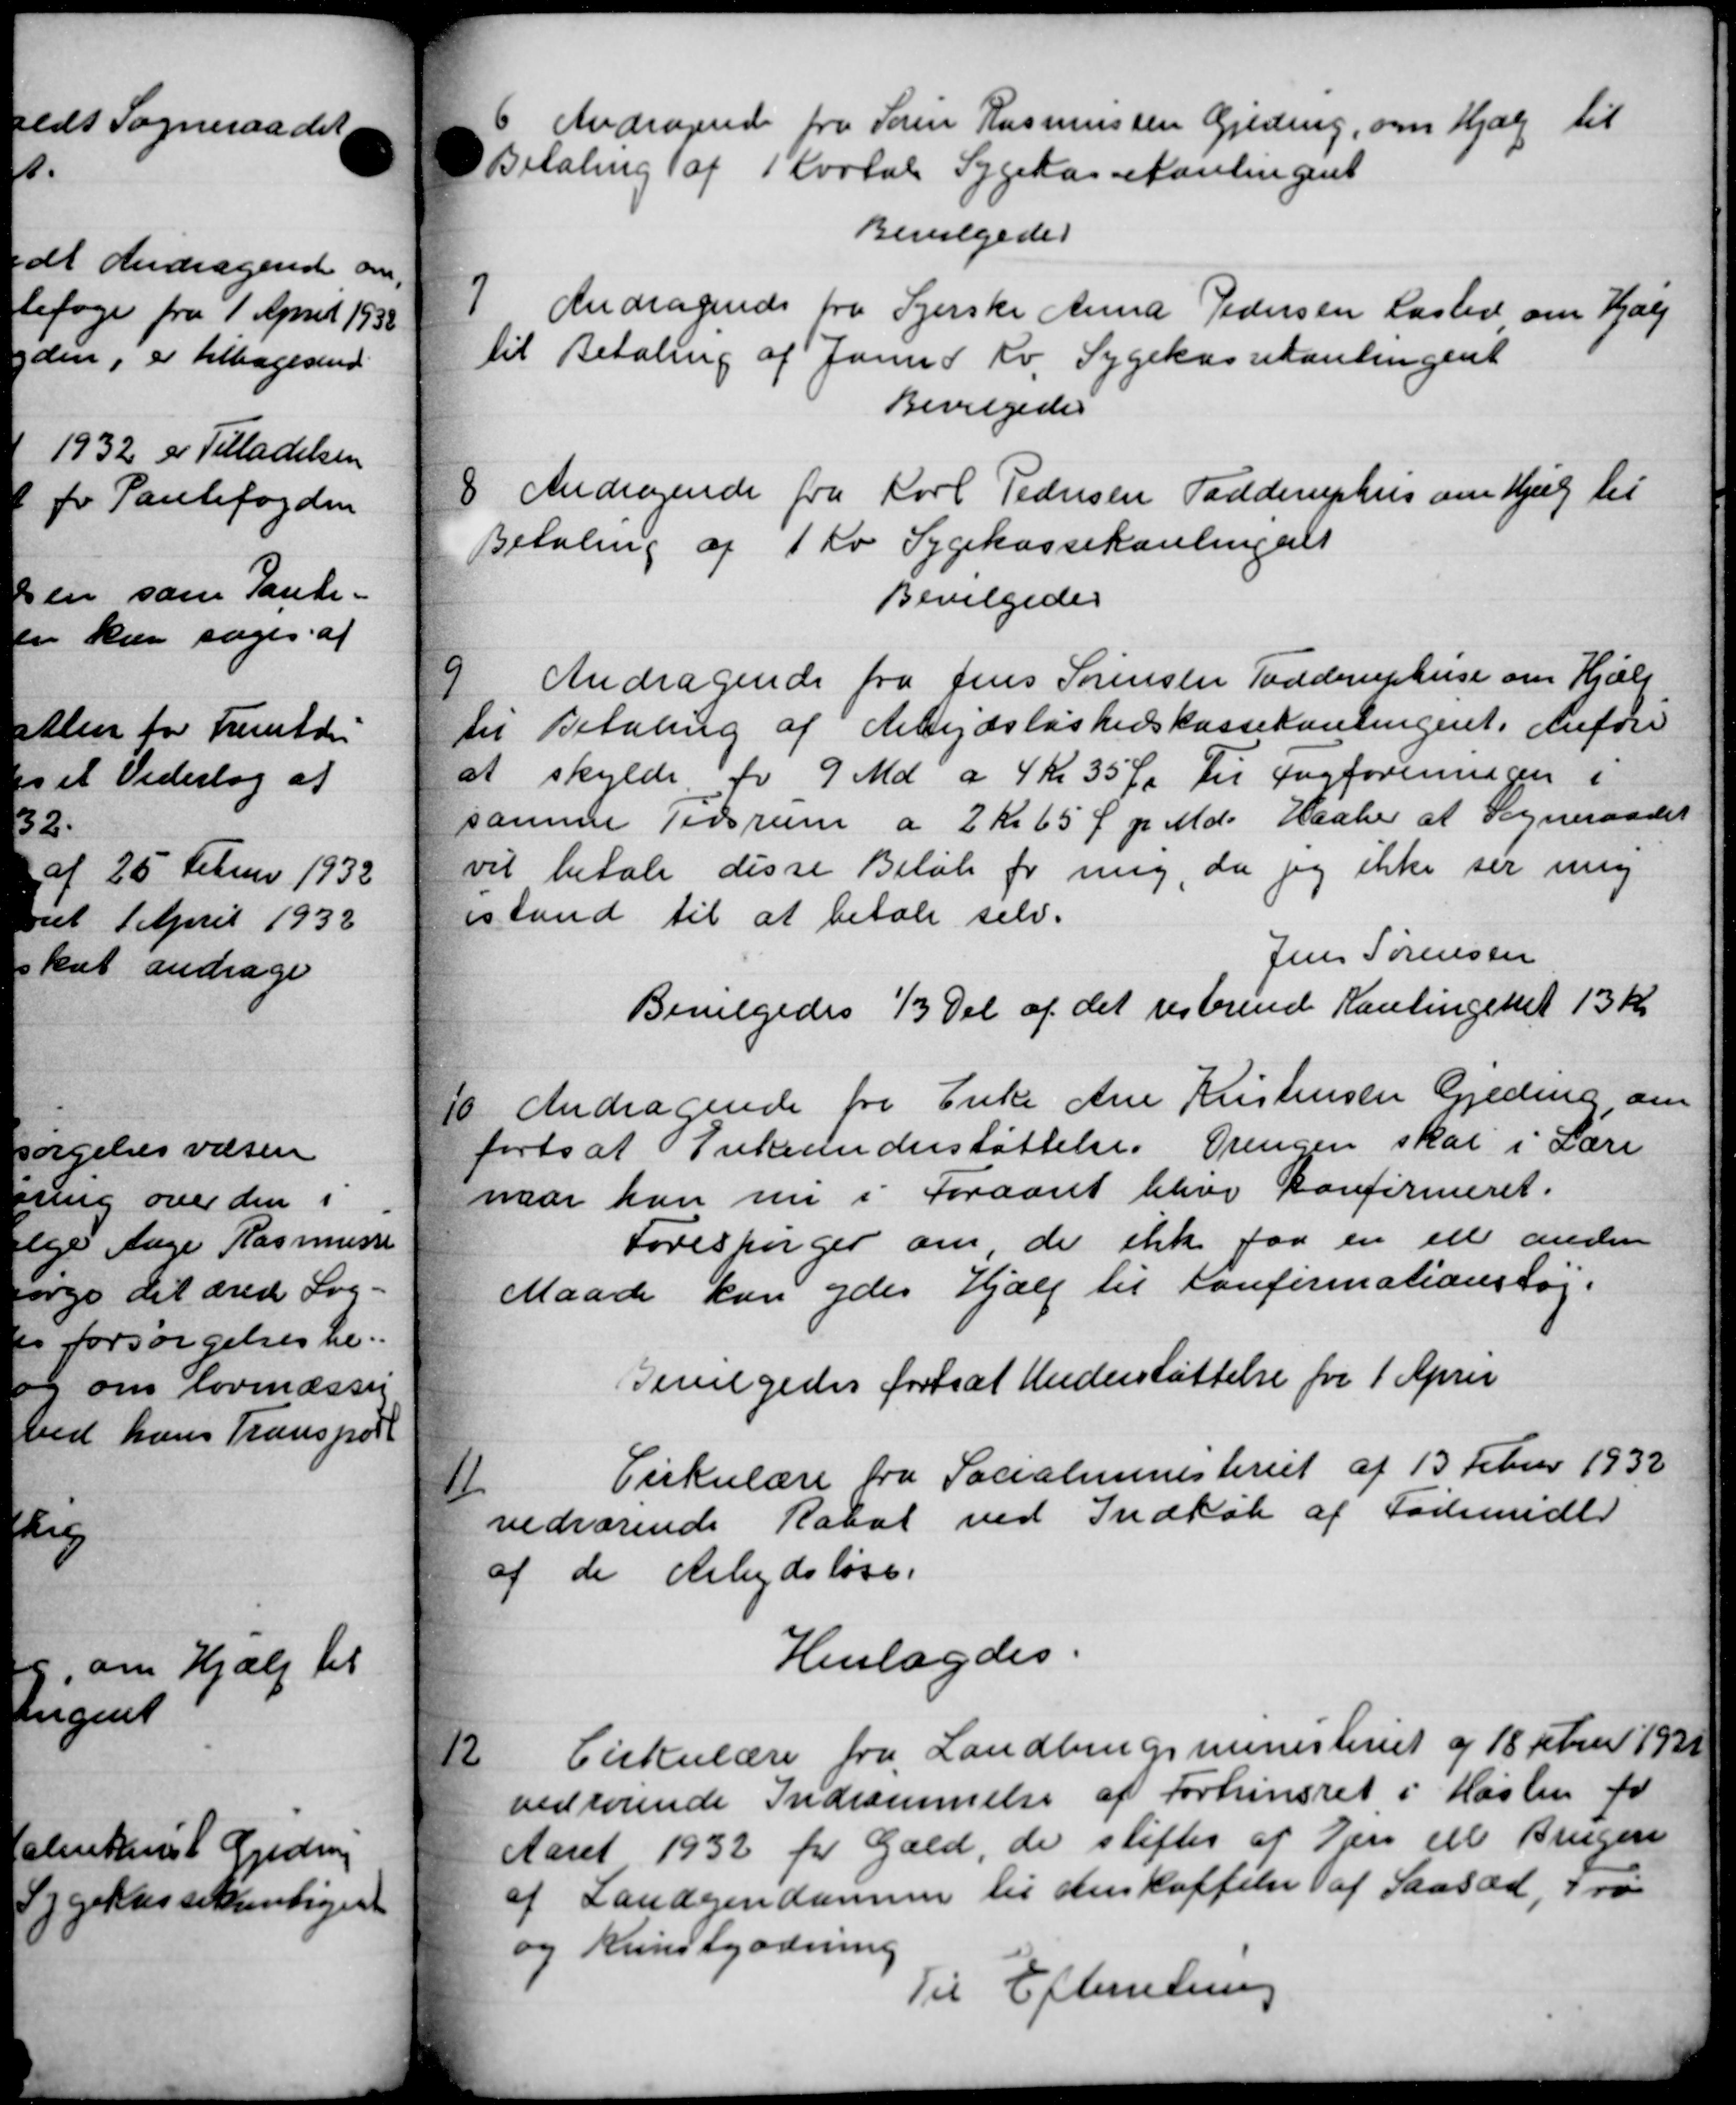
Transskription:
6 Andragende fra Søren Rasmussen Gjeding, om Hjælp til
Betaling af 1 Kartal Sygekassetanlingent
Bevilgedes
7
Andragende fra Syerske Anna Pedersen Lasted om Hjælp
til Betaling af Januar Kv. Sygekassekontingent
Bevilgedes
8 Andragende fra Karl Pedersen Todderuphus om Hjælp til
8 Andragende fra Karl Pedersen Todderuphus om Hjælp til
Betaling af 1 Kr Sygekassehanlingent
Bevilgedes
9
Andragende fra Jens Sørensen Todderuphuse om Hjælp
til Betaling af Arbejdsløshedskassekontingent. Anføre
at skylde for 9 Md a 4 Kr 35 Øre til Fagforeningen i
samme Tidsrum a 2 Kr 65 Ø pr Md. Haaber af Sogneraadet
vil betale disse Beløb for mig, da jeg ikke ser mig
istand til at betale selv.
Jens Sørensen
Bevilgedes 1/3 Del af det restrend Kantingenet 13 Kr
10. Andragende fra Enke Ane Kristensen Geding om
10. Andragende fra Enke Ane Kristensen Geding om
fortsat Enkeunderstøttelse. Drengen skal i Lære
naar kan nu i Foraaret blive Konfirmeret.
Forespørger om, de ikke faa en til anden
Maade kan ydes Hjælp til Konfirmationstøj.
Bevilgedes fortsat Understøttelse for 1 April
11
Cirkulære fra Socialministeriet af 13 Februar 1932
vedrørende Rabat ved Indkøb af Fødsmidler
af de Arbejdsløse.
Henlagdes.
12
Cirkulære fra Landbrugsministeriet og 18 Februar 1931
vedrørende Indrømmelse af Forhinsret i Haslev for
Aaret 1932 for Gæld, de stiftes at Ejer M Brugen
af Landejendomme til Anskaffelse af Saasæd, Fra
og Kunstgødning
Til Efterretning